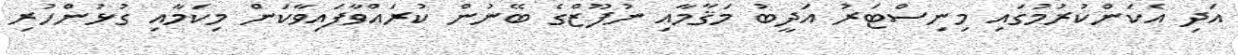
އަދި އެކަންކުރުމުގައި މިނިސްޓަރު އަދީބު މަޤާމާއި ނުފޫޒްގެ ބޭނުން ކުރައްވާފައިވާކަން މިކަމާއި ގުޅުންހުރި